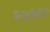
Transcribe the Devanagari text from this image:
२७५००